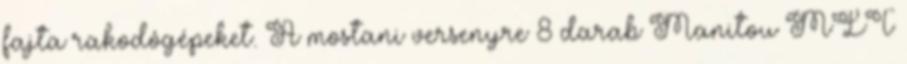
fajta rakodógépeket. A mostani versenyre 8 darab Manitou MLT